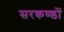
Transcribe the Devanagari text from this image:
सरकण्डों